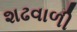
શઢવાળી